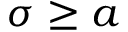
\sigma \geq a